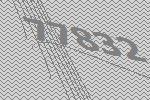
77832